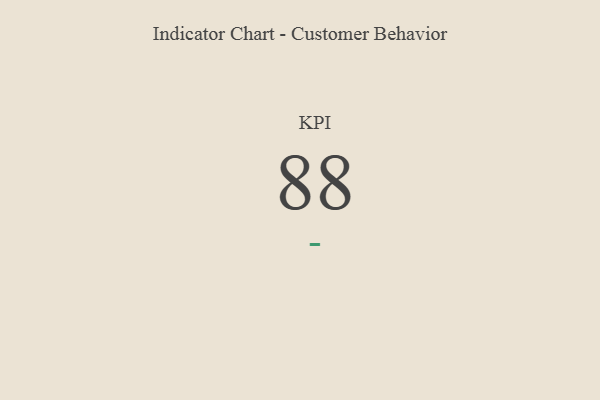
{"axis": {"x": "KPI", "y": "Value"}, "legend": [""], "data": [{"x": "KPI", "y": 88, "type": ""}]}